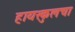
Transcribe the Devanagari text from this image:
हायस्कुलचा